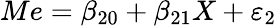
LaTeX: Me=\beta_{20}+\beta_{21}X+\varepsilon_{2}